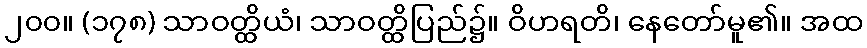
၂၀၀။ (၁၇၈) သာဝတ္ထိယံ၊ သာဝတ္ထိပြည်၌။ ဝိဟရတိ၊ နေတော်မူ၏။ အထ